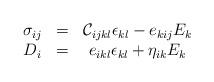
LaTeX: \begin{align*}\begin{array}{lcc}\sigma _{ij}&=&{\cal C}_{ijkl}\epsilon _{kl}-e_{kij}E_k \\D_i&=&e_{ikl}\epsilon _{kl}+\eta _{ik}E_k \\\end{array}\end{align*}